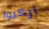
اركبوا